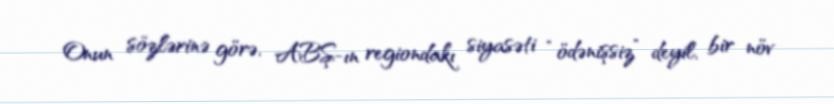
Onun sözlərinə görə, ABŞ-ın regiondakı siyasəti “ödənişsiz” deyil, bir növ